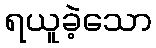
ရယူခဲ့သော